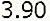
3.90